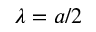
\lambda = a / 2